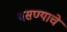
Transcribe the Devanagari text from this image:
बसण्याचे